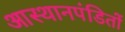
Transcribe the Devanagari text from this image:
आस्थानपंडितों